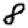
Digit: 8